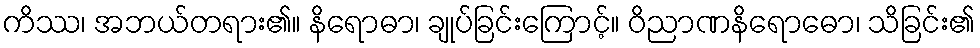
ကိဿ၊ အဘယ်တရား၏။ နိရောဓာ၊ ချုပ်ခြင်းကြောင့်။ ဝိညာဏနိရောဓော၊ သိခြင်း၏